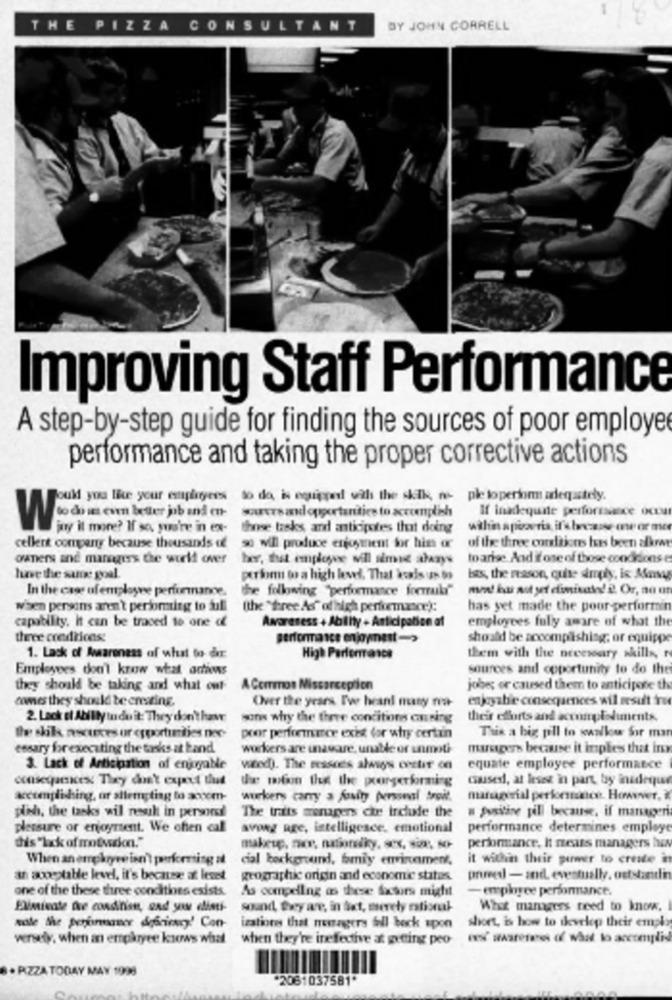
THE PIZZA CONSULTANT
BY JOHN CORRELL
Improving Staff Performance
A step-by-step guide for finding the sources of poor employe
performance and taking the proper corrective actions
ould you lice your employees to do is equipped! vil the skik, ne ple toperion adequately.
If inadequate performance OCH
Wieem beter job inden-
joy it more? If so, yuare in ex- these tasks and anticipotes that doing
of the three corsltjones has been albret
cellent company because thousands of 0 will produce enjoyment for his or
owners and managers the wielf over her, that enplowe will smit alazyw
to arise And if ose of those condicions
have the same goal.
person to a high level. That kas us $>
Ists, the reason, que durgiy, ic Many
In the case of employee performance.
the following "performance formuli"
when persons aren't performing to dull
(the "tree As" of high pertemance):
has yet made the pour-performin
Awareness + Ablity . Anticipation of
employees fully aware of what the
capability. it can be traced to one of
three creditices
performance enjoyment ->
should be accomplishing; or equippe
1. Lack of Awareness of what to dxr:
High Performance
them with the necessary skills
Employees don't know what arios
sources and coportunity to do the
they should be taking and what out
A Correos Missarception
jobe; or caused them to anticipode th
comes they should te creating.
Over the years. I've heard many na-
enjoyable consequences wil mesut ru
2. Lack of Abilly In do it: They don't have
sons why the there conditions causing
their efforts and acouplediments.
the shiik ascuxes ur opportunities noe
poor performmoe exhit for why certain
This a big pll to swallow Sir man
essary for executing the tasks at band
workers are unavare, umable or unmoti
marsagers because it implies that in
3. Lack of Anticipation of enjoyable
vaced). The messces always costit on
equate employee performance
the wfin the the porgerforming
cases, at leses in part, by inadeque
xcctengliding, or strenting to aocom-
workers cany a fusin personi troit.
nuragrial perkoesince. However,
pah, the tasks wil neuk in personal
The traits managers che include the
a Susitine pill because, if manageri
plessure or enjoyment. We chen cal
avong age, intelligence, emotional
performance determines employe
dis "lack of motvasion."
performance, It means managers hen
When an enrekryve isn't parkering at
cial background, bmiy envinament,
it within their purmer to creste in
an acceptable level, it's because at leset
geographic origin and economic status.
pruvedl - andlevestually, oststantin
one of the these three conditions esists.
As compelling as these factors might
- employee performance.
Eliminate fre conditist, and you elisti-
sound, they are, in Set, merely rational
What managers need to know.
wole the perfumeaner defciency' Con- ization that managers fall back upon
sheet, is how to develop their empl
versely, when an erokryce knows what when they're ineffective at prting peo ers' awarenes of what to accomplid
. PIZZA TODAY MAY 1998
"2081037581"